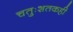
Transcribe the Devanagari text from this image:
चतुःशतकही